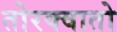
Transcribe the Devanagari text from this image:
तोरक्वातो